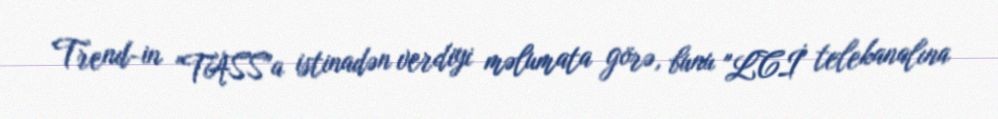
Trend-in "TASS"a istinadən verdiyi məlumata görə, bunu "LCİ" telekanalına